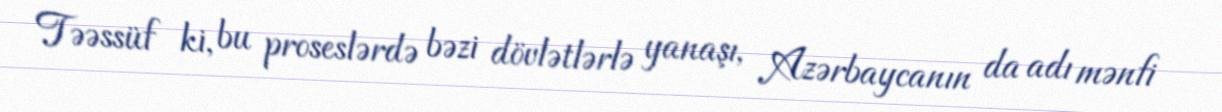
Təəssüf ki, bu proseslərdə bəzi dövlətlərlə yanaşı, Azərbaycanın da adı mənfi